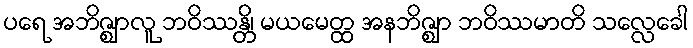
ပရေ အဘိဇ္ဈာလူ ဘဝိဿန္တိ၊ မယမေတ္ထ အနဘိဇ္ဈာ ဘဝိဿမာတိ သလ္လေခေါ